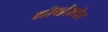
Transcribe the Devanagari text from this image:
लीव्हीस्टोन